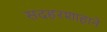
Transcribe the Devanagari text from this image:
सदहरशाहाने